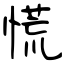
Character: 慌